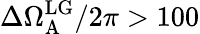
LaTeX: \Delta\Omega_{\mathrm{A}}^{\mathrm{LG}}/2\pi>100